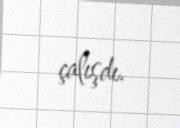
çalışdı.